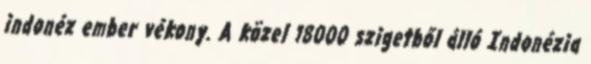
indonéz ember vékony. A közel 18000 szigetből álló Indonézia